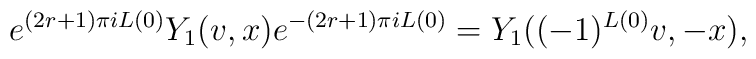
e^{(2r+1)\pi iL(0)}Y_{1}(v,x)e^{-(2r+1)\pi iL(0)}=Y_{1}((-1)^{L(0)}v, -x),